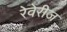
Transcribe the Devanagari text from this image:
रेवेरीज